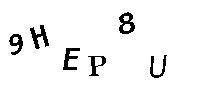
9HEP8U